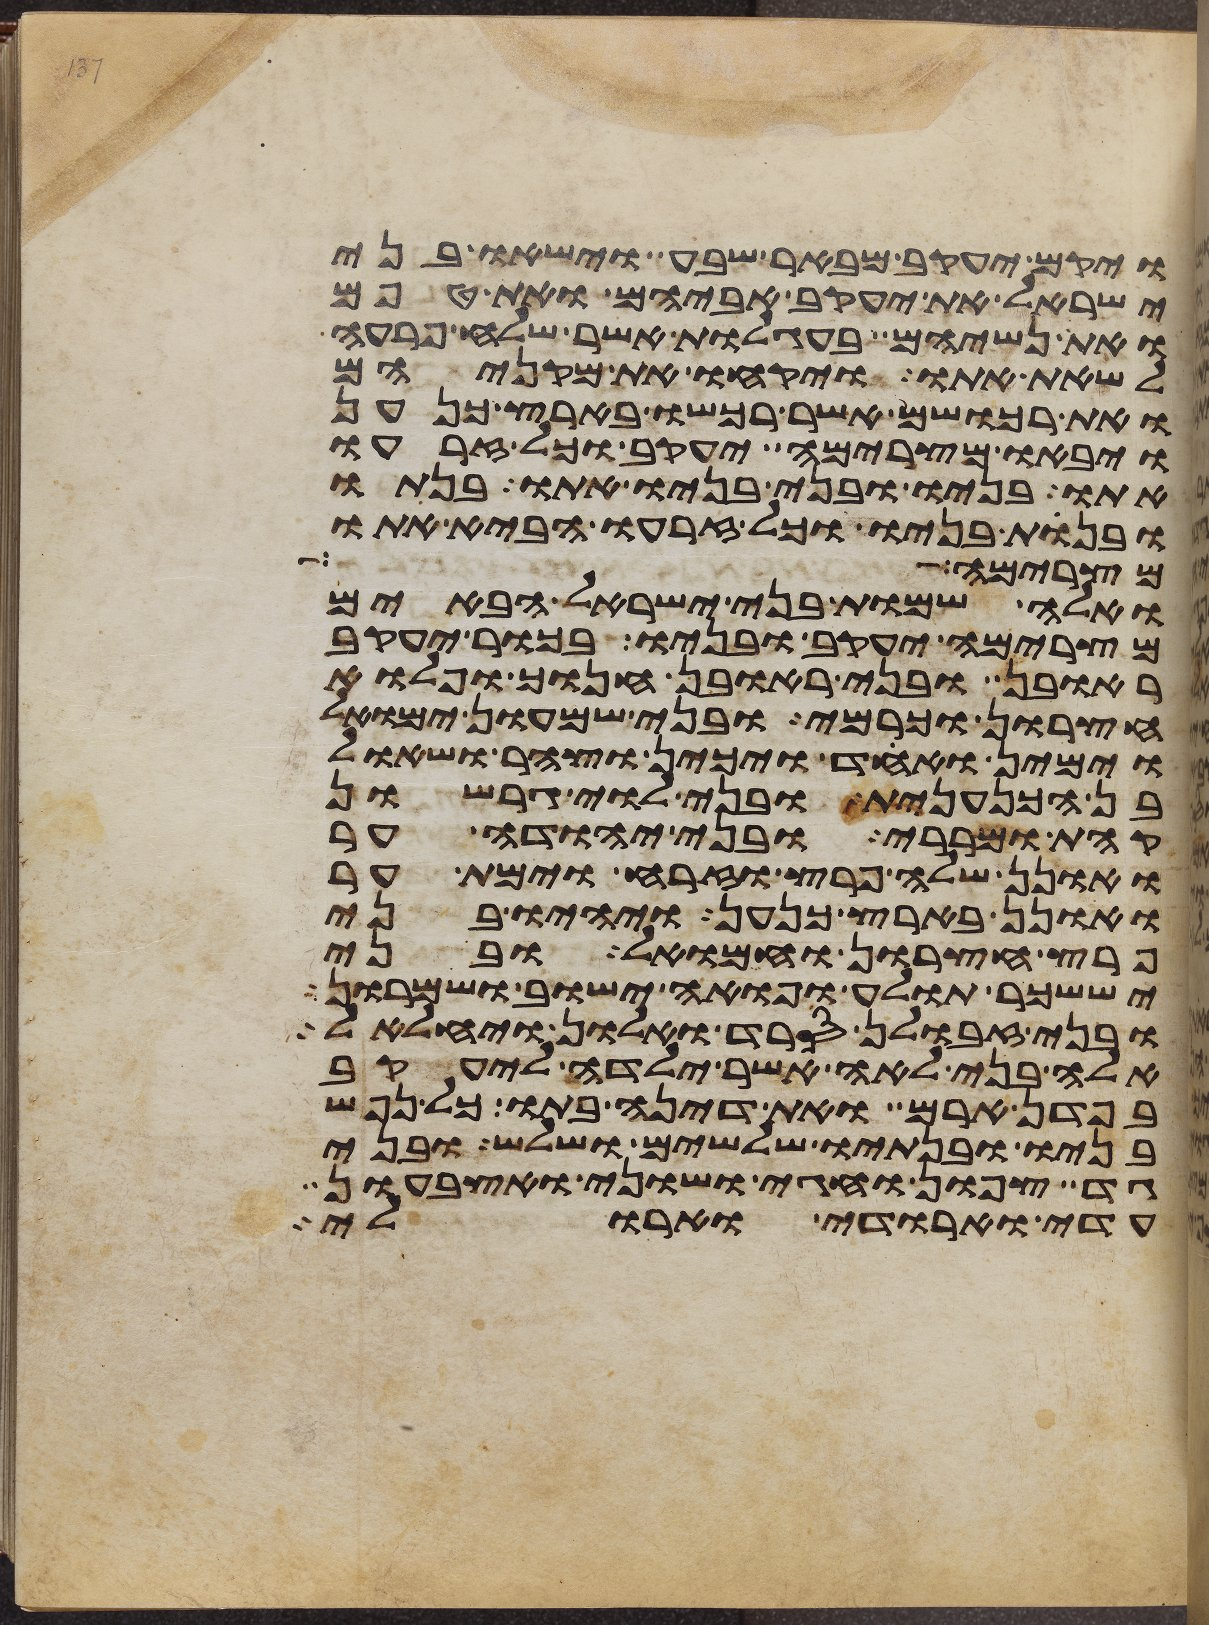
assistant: ויקם יעקב מבאר שבע וישאו בני
ישראל את יעקב אביהם ואת טפם
ואת נשיהם בעגלות אשר שלח פרעה
לשאת אתו ויקחו את מקניהם
ואת רכושם אשר רכשו בארץ כנען
ויבאו מצרימה יעקב וכל זרעו
אתו בניו ובני בניו אתו בנתיו
ובנות בניו וכל זרעו הביא אתו
מצרימה ראה
ואלה שמות בני ישראל הבאים
מצרימה יעקב ובניו בכור יעקב
ראובן ובני ראובן חנוך ופלוא
חצרון וכרמי ובני שמעון ימואל
וימין ואחד ויכין וצהר ושאול
בן הכנענית ובני לוי גרשון
קהת ומררי ובני יהודה ער
ואונן שלה פרץ וזרח וימת ער
ואונן בארץ כנען ויהיו בני
פרץ חצרון וחמואל ובני
יששכר תולע ופואה ישוב ושמרון
ובני זבולן סרד ואלון ויחלאל
אלה בני לאה אשר ילדה ליעקב
בפדן ארם ואת דינה בתו כל נפש
בניו ובנתיו שלשים ושלש ובני
גד צפון וחגי ושוני ואצבעון
עדי וארודי וארולי